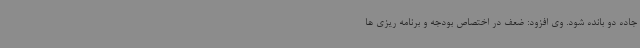
جاده دو بانده شود. وی افزود: ضعف در اختصاص بودجه و برنامه ریزی ها